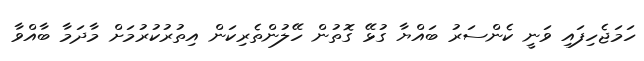
ހަމަޖެހިފައި ވަނީ ކެންސަރު ބައްޔާ ގުޅޭ ގޮތުން ހޭލުންތެރިކަން އިތުރުކުރުމަށް މާދަމާ ބާއްވާ